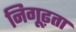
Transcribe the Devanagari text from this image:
निगूढ़ता